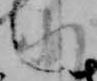
北